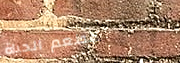
مطعم الحياة